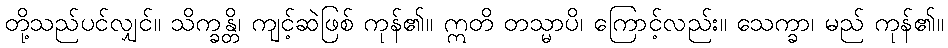
တို့သည်ပင်လျှင်။ သိက္ခန္တိ၊ ကျင့်ဆဲဖြစ် ကုန်၏။ ဣတိ တသ္မာပိ၊ ကြောင့်လည်း။ သေက္ခာ၊ မည် ကုန်၏။